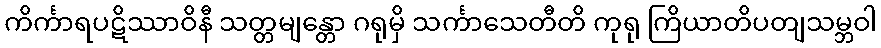
ကိင်္ကာရပဋိဿာဝိနီ သတ္တမျန္တော ဂရုမှိ သင်္ကာသေတီတိ ကုရု ကြိယာတိပတျသမ္ဘဝါ